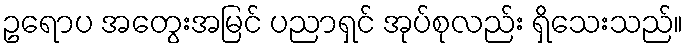
ဥရောပ အတွေးအမြင် ပညာရှင် အုပ်စုလည်း ရှိသေးသည်။